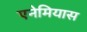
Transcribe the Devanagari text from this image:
एनेमियास